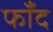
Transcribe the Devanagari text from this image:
फाँद